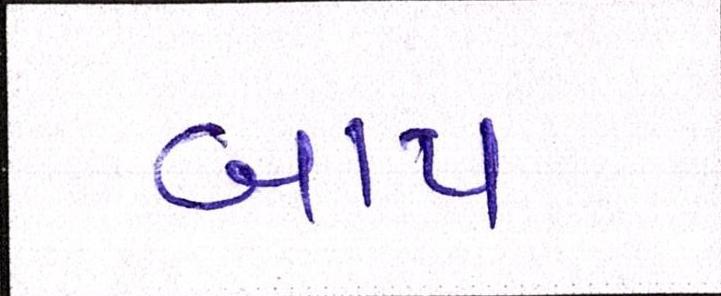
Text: બાપ